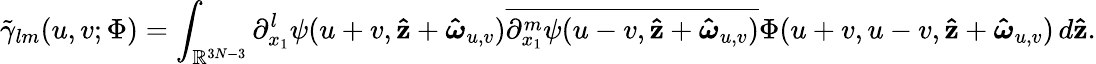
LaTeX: \tilde{\gamma}_{lm}(u,v;\Phi)=\int_{\mathbb{R}^{3N-3}}\partial_{x_{1}}^{l}\psi(u+v,\mathbf{\hat{z}}+\boldsymbol{\hat{\omega}}_{u,v})\overline{{\partial_{x_{1}}^{m}\psi(u-v,\mathbf{\hat{z}}+\boldsymbol{\hat{\omega}}_{u,v})}}\Phi(u+v,u-v,\mathbf{\hat{z}}+\boldsymbol{\hat{\omega}}_{u,v})\, d\mathbf{\hat{z}}.